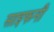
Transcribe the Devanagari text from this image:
साइफनी